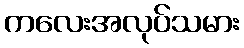
ကလေးအလုပ်သမား